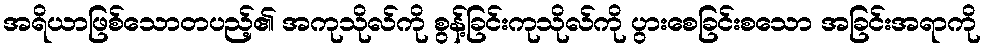
အရိယာဖြစ်သောတပည့်၏ အကုသိုလ်ကို စွန့်ခြင်းကုသိုလ်ကို ပွားစေခြင်းစသော အခြင်းအရာကို